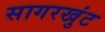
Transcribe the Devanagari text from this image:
सागरखुंट